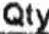
QTY